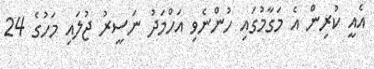
އެއީ ކުރިން އެ މަގާމުގައި ހުންނެވި އަހްމަދު ނަސީރު ޖުލައި މަހުގެ 24